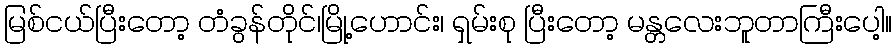
မြစ်ငယ်ပြီးတော့ တံခွန်တိုင်၊မြို့ဟောင်း၊ ရှမ်းစု ပြီးတော့ မန္တလေးဘူတာကြီးပေါ့။